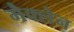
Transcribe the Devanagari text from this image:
मैक्‍लेन